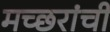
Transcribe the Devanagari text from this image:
मच्छरांची